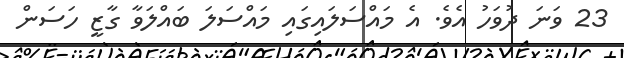
23 ވަނަ ދުވަހު އެވެ. އެ މައްސަލައިގައި މައްސަލަ ބައްލަވާ ގާޒީ ހަސަން